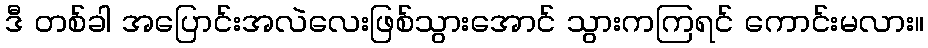
ဒီ တစ်ခါ အပြောင်းအလဲလေးဖြစ်သွားအောင် သွားကကြရင် ကောင်းမလား။